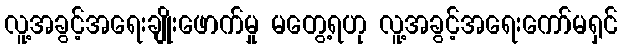
လူ့အခွင့်အရေးချိုးဖောက်မှု မတွေ့ရဟု လူ့အခွင့်အရေးကော်မရှင်